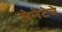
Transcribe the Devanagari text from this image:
सेनेटेचे